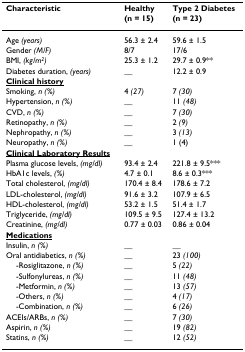
<table><thead><tr><td><b>Characteristic</b></td><td><b>Healthy(n = 15)</b></td><td><b>Type 2 Diabetes(n = 23)</b></td></tr></thead><tbody><tr><td>Age <i>(years)</i></td><td>56.3 ± 2.4</td><td>59.6 ± 1.5</td></tr><tr><td>Gender <i>(M/F)</i></td><td>8/7</td><td>17/6</td></tr><tr><td>BMI, <i>(kg/m<sup>2</sup>)</i></td><td>25.3 ± 1.2</td><td>29.7 ± 0.9**</td></tr><tr><td>Diabetes duration, <i>(years)</i></td><td>__</td><td>12.2 ± 0.9</td></tr><tr><td><b><underline>Clinical history</underline></b></td><td></td><td></td></tr><tr><td>Smoking, <i>n (%)</i></td><td>4 <i>(27)</i></td><td>7 <i>(30)</i></td></tr><tr><td>Hypertension, <i>n (%)</i></td><td>__</td><td>11 <i>(48)</i></td></tr><tr><td>CVD, <i>n (%)</i></td><td>__</td><td>7 <i>(30)</i></td></tr><tr><td>Retinopathy, <i>n (%)</i></td><td>__</td><td>2 <i>(9)</i></td></tr><tr><td>Nephropathy, <i>n (%)</i></td><td>__</td><td>3 <i>(13)</i></td></tr><tr><td>Neuropathy, <i>n (%)</i></td><td>__</td><td>1 (4)</td></tr><tr><td><b><underline>Clinical Laboratory Results</underline></b></td><td></td><td></td></tr><tr><td>Plasma glucose levels, <i>(mg/dl)</i></td><td>93.4 ± 2.4</td><td>221.8 ± 9.5***</td></tr><tr><td>HbA1c levels, <i>(%)</i></td><td>4.7 ± 0.1</td><td>8.6 ± 0.3***</td></tr><tr><td>Total cholesterol, <i>(mg/dl)</i></td><td>170.4 ± 8.4</td><td>178.6 ± 7.2</td></tr><tr><td>LDL-cholesterol, <i>(mg/dl)</i></td><td>91.6 ± 3.2</td><td>107.9 ± 6.5</td></tr><tr><td>HDL-cholesterol, <i>(mg/dl)</i></td><td>53.2 ± 1.5</td><td>51.4 ± 1.7</td></tr><tr><td>Triglyceride, <i>(mg/dl)</i></td><td>109.5 ± 9.5</td><td>127.4 ± 13.2</td></tr><tr><td>Creatinine, <i>(mg/dl)</i></td><td>0.77 ± 0.03</td><td>0.86 ± 0.04</td></tr><tr><td><b><underline>Medications</underline></b></td><td></td><td></td></tr><tr><td>Insulin, <i>n (%)</i></td><td>__</td><td>__</td></tr><tr><td>Oral antidiabetics, <i>n (%)</i></td><td>__</td><td>23 <i>(100)</i></td></tr><tr><td> -Rosiglitazone, <i>n (%)</i></td><td>__</td><td>5 <i>(22)</i></td></tr><tr><td> -Sulfonylureas, <i>n (%)</i></td><td>__</td><td>11 <i>(48)</i></td></tr><tr><td> -Metformin, <i>n (%)</i></td><td>__</td><td>13 <i>(57)</i></td></tr><tr><td> -Others, <i>n (%)</i></td><td>__</td><td>4 <i>(17)</i></td></tr><tr><td> -Combination, <i>n (%)</i></td><td>__</td><td>6 <i>(26)</i></td></tr><tr><td>ACEIs/ARBs, <i>n (%)</i></td><td>__</td><td>7 <i>(30)</i></td></tr><tr><td>Aspirin, <i>n (%)</i></td><td>__</td><td>19 <i>(82)</i></td></tr><tr><td>Statins, <i>n (%)</i></td><td>__</td><td>12 <i>(52)</i></td></tr></tbody></table>